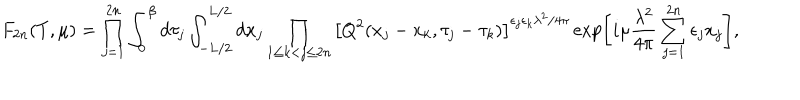
F _ { 2 n } ( T , \mu ) = \prod _ { j = 1 } ^ { 2 n } \int _ { 0 } ^ { \beta } d \tau _ { j } \int _ { - L / 2 } ^ { L / 2 } d x _ { j } \prod _ { 1 \leq k < j \leq 2 n } \left[ Q ^ { 2 } ( x _ { j } - x _ { k } , \tau _ { j } - \tau _ { k } ) \right] ^ { \epsilon _ { j } \epsilon _ { k } \lambda ^ { 2 } / 4 \pi } \exp \left[ i \mu \frac { \lambda ^ { 2 } } { 4 \pi } \sum _ { j = 1 } ^ { 2 n } \epsilon _ { j } x _ { j } \right] ,